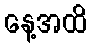
နေ့အထိ